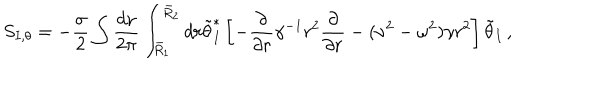
LaTeX: S _ { I , \theta } = - \frac { \sigma } { 2 } \int \frac { d \nu } { 2 \pi } \int _ { \bar { R } _ { 1 } } ^ { \bar { R } _ { 2 } } d r \tilde { \theta } _ { I } ^ { * } \left[ - \frac { \partial } { \partial r } \gamma ^ { - 1 } r ^ { 2 } \frac { \partial } { \partial r } - ( \nu ^ { 2 } - \omega ^ { 2 } ) \gamma r ^ { 2 } \right] \tilde { \theta } _ { I } \, ,